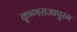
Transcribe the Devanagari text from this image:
कृष्णराजापुरम